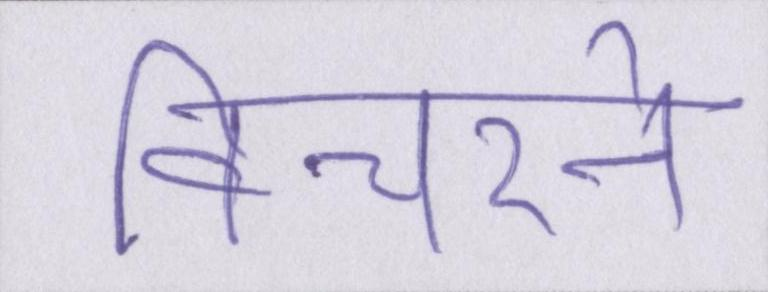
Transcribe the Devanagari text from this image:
विचरने